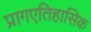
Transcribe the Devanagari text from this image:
प्रागएतिहासिक